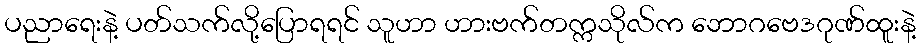
ပညာရေးနဲ့ ပတ်သက်လို့ပြောရရင် သူဟာ ဟားဗက်တက္ကသိုလ်က ဘောဂဗေဒဂုဏ်ထူးနဲ့